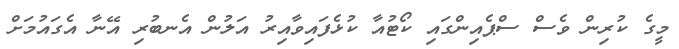
މީގެ ކުރިން ވެސް ސްޕެއިންގައި ކޯޓުއާ ކުޅެފައިވާއިރު އަލުން އެނބުރި އޭނާ އެގައުމަށް